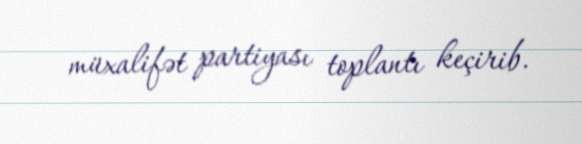
müxalifət partiyası toplantı keçirib.